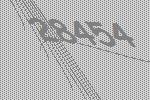
28454